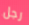
رجل